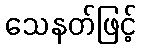
သေနတ်ဖြင့်